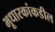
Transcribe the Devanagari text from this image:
भूधारकांकडील